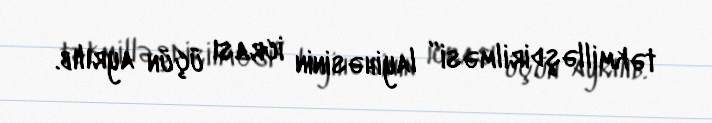
təkmilləşdirilməsi” layihəsinin icrası üçün ayrılıb.